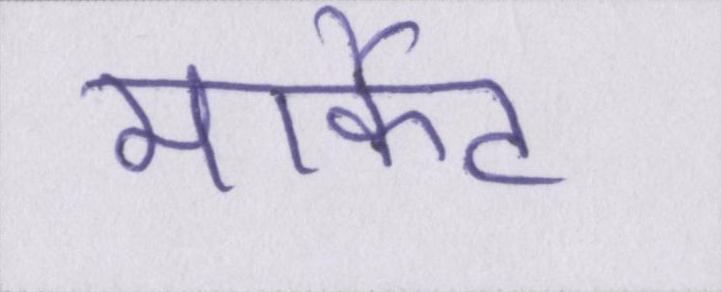
मार्केट